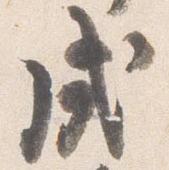
戌